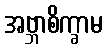
အဗ္ဘာစိက္ခာမ